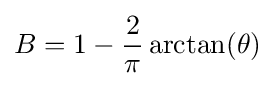
B=1-{\frac {2}{\pi }}\arctan(\theta )